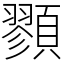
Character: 顟